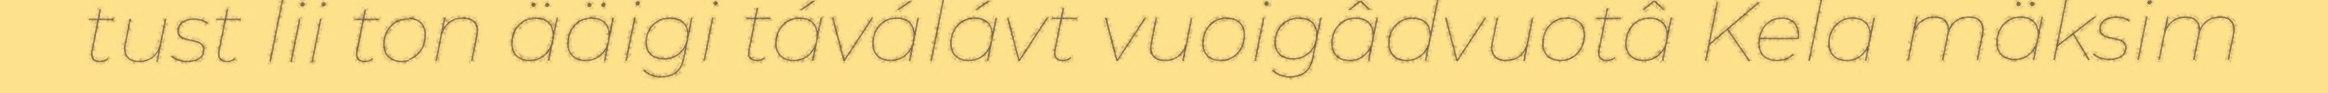
tust lii ton ääigi táválávt vuoigâdvuotâ Kela mäksim